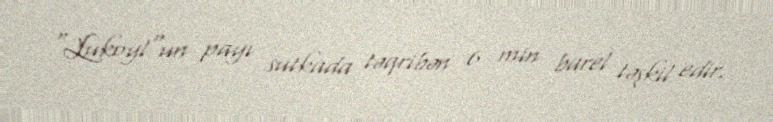
"Lukoyl"un payı sutkada təqribən 6 min barel təşkil edir.